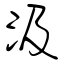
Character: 汲